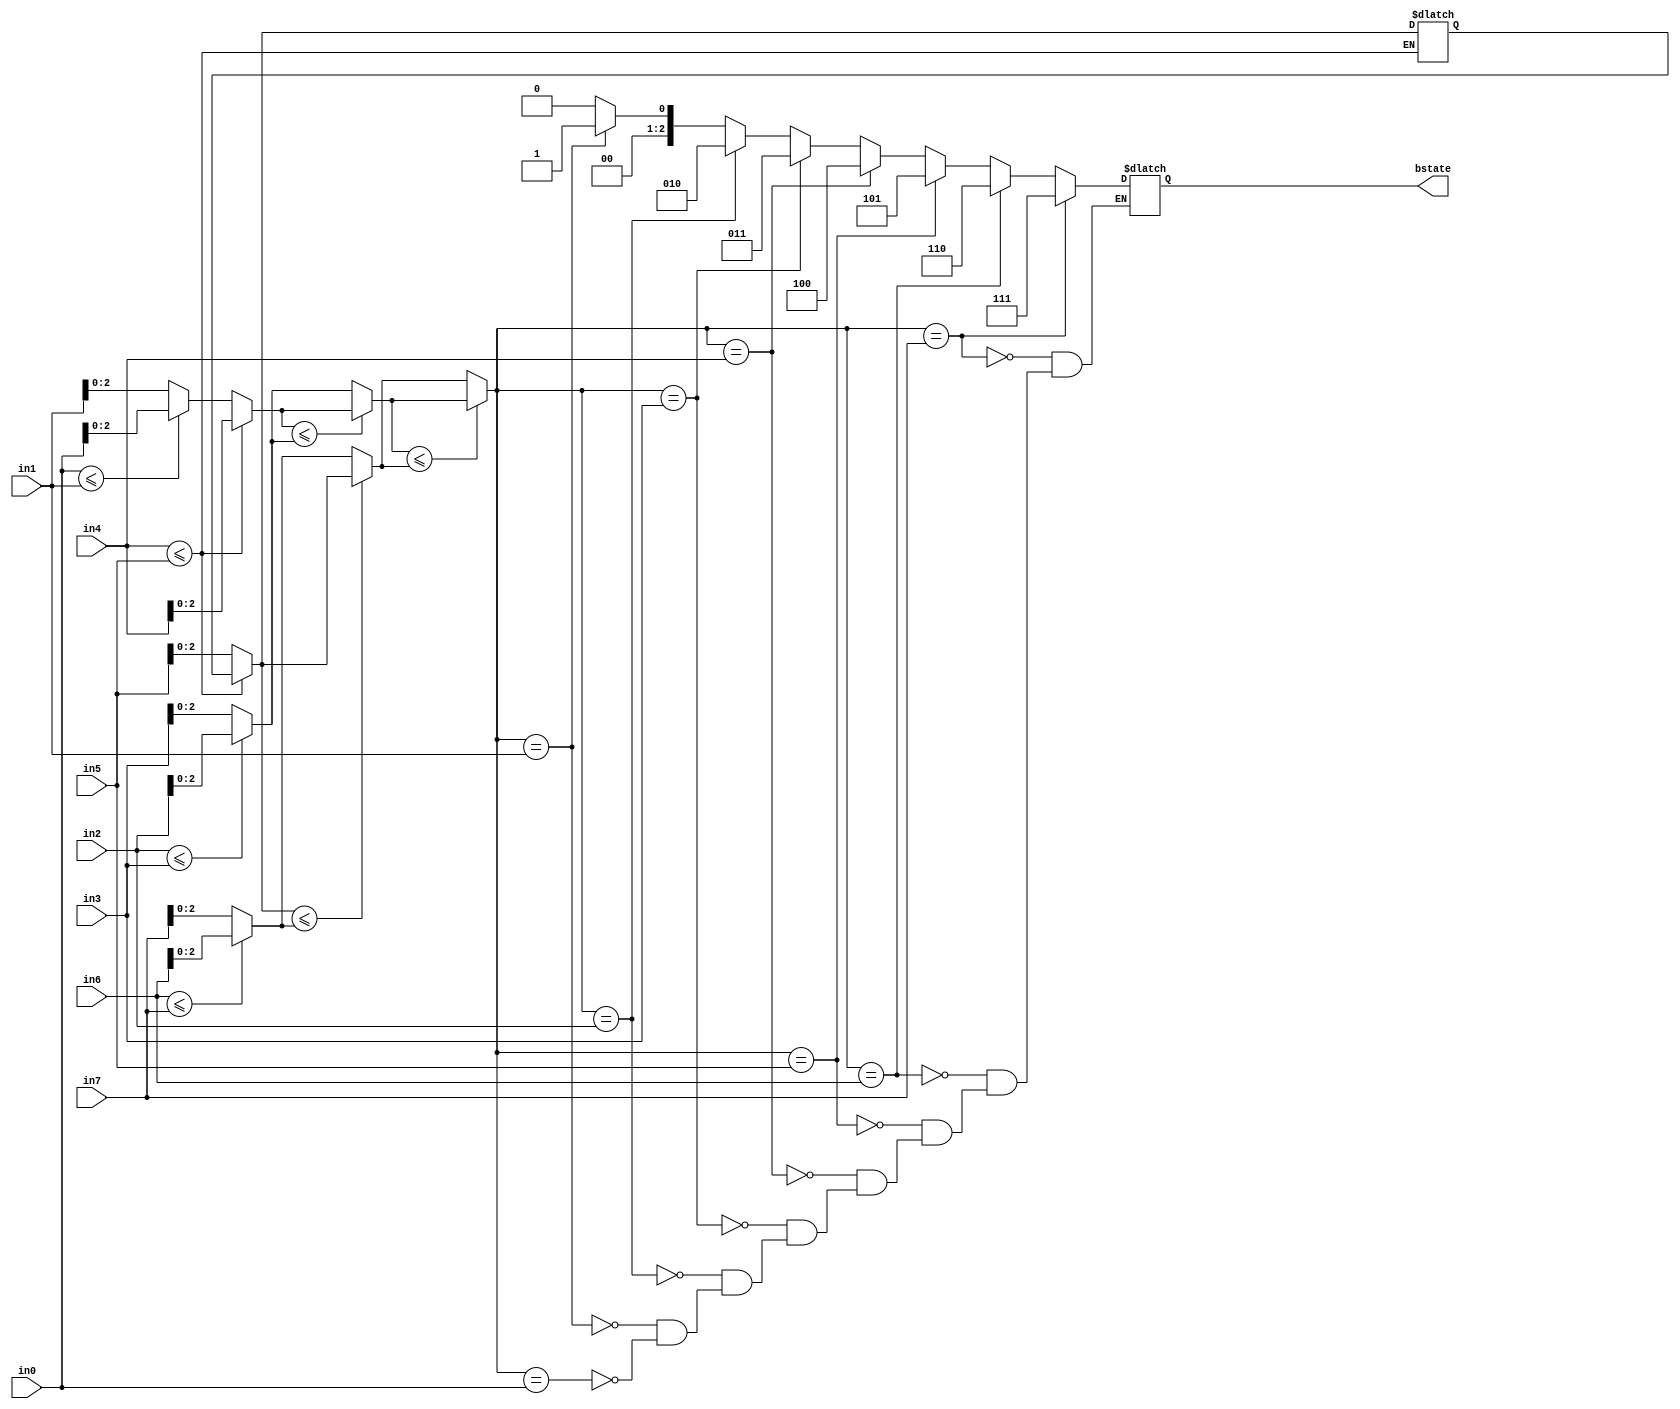
module Decision( bstate, in0, in1, in2, in3, in4 ,in5, in6, in7);

output [2:0] bstate;
input [3:0] in0;
input [3:0] in1;
input [3:0] in2;
input [3:0] in3;
input [3:0] in4;
input [3:0] in5;
input [3:0] in6;
input [3:0] in7;

reg [2:0] bstate;
reg [2:0] min01;
reg [2:0] min23;
reg [2:0] min45;
reg [2:0] min67;
reg [2:0] min0123;
reg [2:0] min4567;
reg [2:0] flag_metric; 

always@(in0 or in1 or in2 or in3 or in4 or in5 or in6 or in7)
begin
if(in0<=in1)
min01=in0;
else
min01=in1;

if(in2<=in3)
min23=in2;
else
min23=in3;

if(in4<=in5)
min01=in4;
else
min45=in5;

if(in6<=in7)
min67=in6;
else
min67=in7;

if(min01<=min23)
min0123<=min01;
else
min0123<=min23;

if(min45<=min67)
min4567<=min45;
else
min4567<=min67;

if(min0123<=min4567)
flag_metric<=min0123;
else
flag_metric<=min4567;
end

always@(in0 or in1 or in2 or in3 or in4 or in5 or in6 or in7)
begin
if(flag_metric==in0)
bstate=3'b000;

if(flag_metric==in1)
bstate=3'b001;

if(flag_metric==in2)
bstate=3'b010;

if(flag_metric==in3)
bstate=3'b011;

if(flag_metric==in4)
bstate=3'b100;

if(flag_metric==in5)
bstate=3'b101;


if(flag_metric==in6)
bstate=3'b110;


if(flag_metric==in7)
bstate=3'b111;

end
endmodule